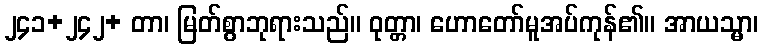
၂၄၁+၂၄၂+ တာ၊ မြတ်စွာဘုရားသည်။ ဝုတ္တာ၊ ဟောတော်မူအပ်ကုန်၏။ အာယသ္မာ၊